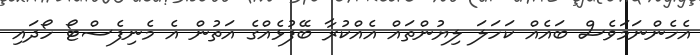
އެހެންނަމަވެސް ބައެއް ކަހަލަ ލިޔުންތައް އެއްކުރާ ބޭފުޅެއްގެ އަތުން އެ މެނިފެސްޓޯ ހޯދައި